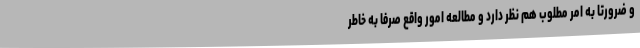
و ضرورتا به امر مطلوب هم نظر دارد و مطالعه امور واقع صرفا به خاطر